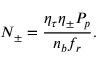
N _ { \pm } = \frac { \eta _ { \tau } \eta _ { \pm } P _ { p } } { n _ { b } f _ { r } } .